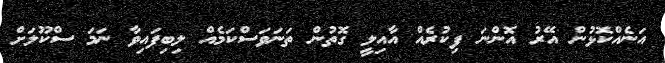
އަނެއްކޮޅުން އޭރު އޮންނަ ފިކުރެއް އާއިލީ ގޮތުން ތަނަވަސްކަމެއް ލިބިފައިވާ ނަމަ ސްކޫލަށް